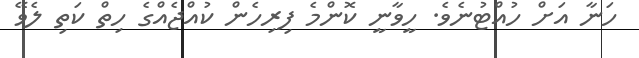
ހަނާ އަށް ހުއްޓުނެވެ. ހީވާނީ ކޮންމެ ފިރިހެން ކުއްޖެއްގެ ހިތް ކަތި ލެވޭ